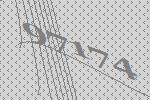
97174